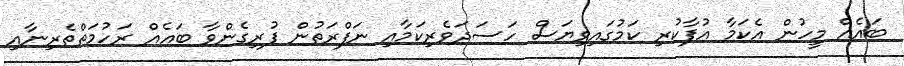
ބައެއް މީހުން އެކަމާ އުފާކުރި ކަމުގައިވިޔަސް ހަސަދަވެރިކަމާއި ނަފްރަތުން ފުރިގެންވާ ބައެއް ރަހުމަތްތެރިނާއި